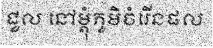
ជួល នៅម្តុំភូមិចំរើនផល